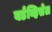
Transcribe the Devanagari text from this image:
बर्डव्हिसेल